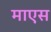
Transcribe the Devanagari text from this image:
माएस